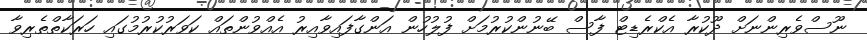
ނޫސްވެރިންނަށް ދޫކުރާ އެކްރެޑިޓް ފާސް ބޭނުންކުރުމަށް ފުލުހުން އަންގާފައިވާއިރު އެއްވުންތައް ކަވަރުކުރުމުގައި ހަރަކާތްތެރިވާ